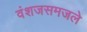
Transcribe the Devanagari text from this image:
वंशजसमजले